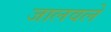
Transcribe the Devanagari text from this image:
जालवले